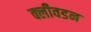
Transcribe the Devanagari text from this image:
क्लीवडन